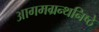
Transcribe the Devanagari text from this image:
आगमग्रन्थनिष्ठे